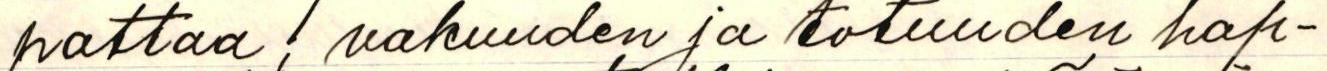
pattaa; vakuuden ja totuuden hap-